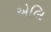
એલિ